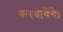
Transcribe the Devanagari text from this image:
करवायेंगे।